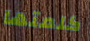
كلمتها